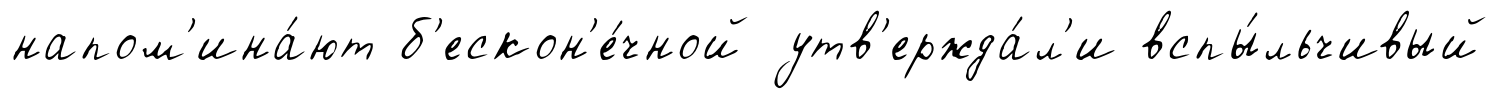
напом'ина́ют б'ескон'е́чной утв'ержда́л'и вспы́льчивый